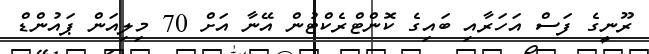
ރޫނީގެ ފަސް އަހަރާއި ބައިގެ ކޮންޓްރެކްޓުން އޭނާ އަށް 70 މިލިއަން ޕައުންޑް